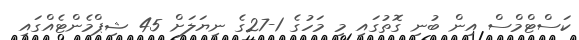
ކަސްޓްމްސް އިން ބުނި ގޮތުގައި މި މަހުގެ 1-27ގެ ނިޔަލަށް 45 ޝިޕްމެންޓެއްގައި